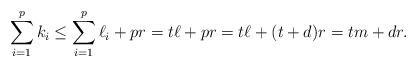
LaTeX: \begin{align*}\sum_{i=1}^p k_i\leq \sum_{i=1}^p\ell_i + pr = t\ell+pr = t\ell+(t+d)r=tm+dr.\end{align*}